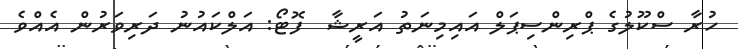
ހުރާ ސްކޫލުގެ ޕްރިންސިޕަލް އައިމިނަތު އަރީޝާ  ފޮޓޯ: އަލްކައުނު ދަރިވަރުން އެއްވެ